Indian Medical Review
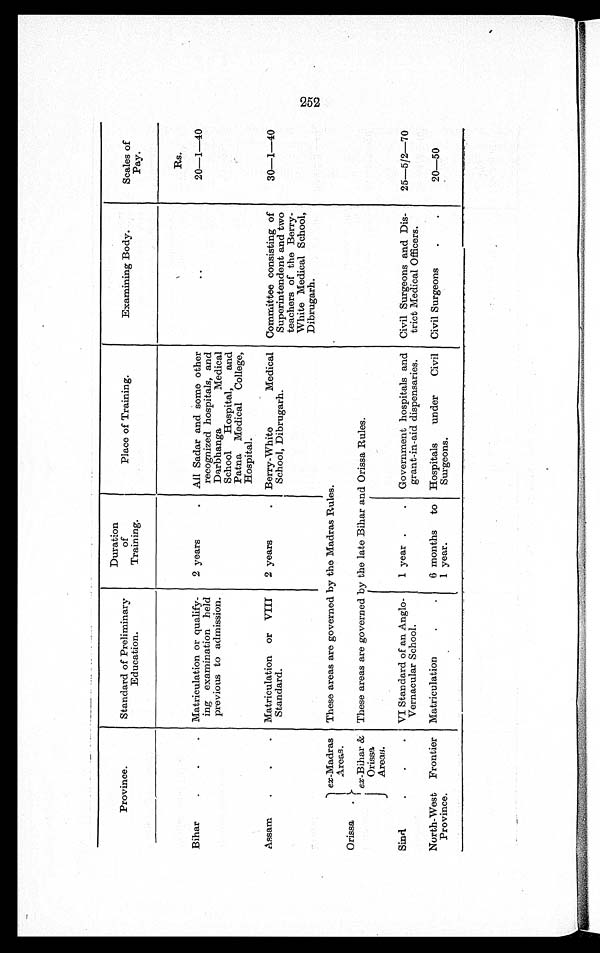
Province.
Standard of Preliminary
Education.
Duration
of
Training.
Place of Training.
Examining Body.
Scales of
Pay.
Rs.
Bihar
.
.
. Matriculation or qualify-
ing examination held
previous to admission.
2 years. .
All Sadar and some other
recognized hospitals, and
Darbhanga Medical
School Hospital, and
Patna Medical College,
Hospital.
..
20—1—40
Assam.
.
.
. Matriculation or VIII
Standard.
2 years. .
Berry-White Medical
School, Dibrugarh.
Committee consisting of
Superintendent and two
teachers of the Berry-
White Medical School,
Dibrugarh.
30—1—40
Orissa.
ex-Madras
Areas.
These areas are governed by the Madras Rules.
ex-Bihar &
Orissa
Areas.
These areas are governed by the late Bihar and Orissa Rules.
Sind
. . .
VI Standard of an Anglo-
Vernacular School.
1 year .
. Government hospitals and
grant-in-aid dispensaries.
Civil Surgeons and Dis-
trict Medical Officers.
25—5/2—70
North-West Frontier
Province.
Matriculation
.
.
6 months to
1 year.
Hospitals under Civil
Surgeons.
Civil Surgeons
.
.
20—50
252